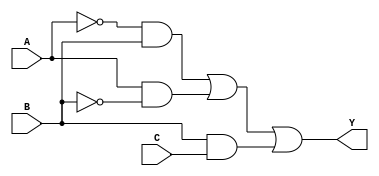
module combinational_logic_block (
    input wire A,   // Input variable A
    input wire B,   // Input variable B
    input wire C,   // Input variable C
    output wire Y   // Output variable Y
);

// Minimized logic expression derived from hybrid minimization techniques
// Example: Y = A'B + AB' + BC (This is just an example; replace with your minimized expression)
assign Y = (~A & B) | (A & ~B) | (B & C);

endmodule